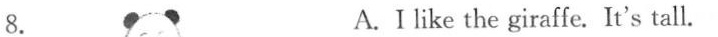
8. A.I like the giraffe.It's tall.